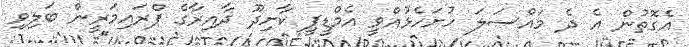
އެގޮތުން އެ ދެ މައްސަލަ ހުށަހެޅުއްވީ އެމްޑީޕީ ކާށިދޫ ދާއިރާގެ ޕްރައިމަރީން ބަލިވި